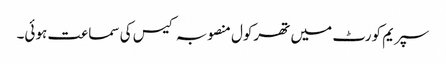
سپریم کورٹ میں تھرکول منصوبہ کیس کی سماعت ہوئی۔